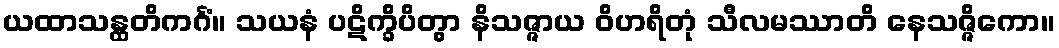
ယထာသန္ထတိကင်္ဂံ။ သယနံ ပဋိက္ခိပိတွာ နိသဇ္ဇာယ ဝိဟရိတုံ သီလမဿာတိ နေသဇ္ဇိကော။